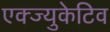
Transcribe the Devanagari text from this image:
एक्ज्युकेटिव